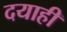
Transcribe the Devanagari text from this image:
दयाही